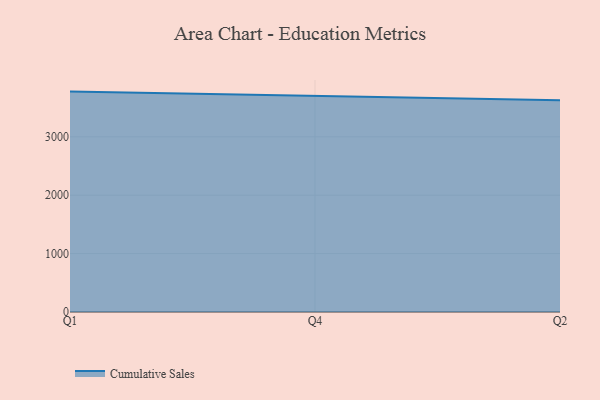
{"axis": {"x": "Quarter", "y": "Satisfaction Score"}, "legend": ["Cumulative Sales"], "data": [{"x": "Q1", "y": 3773.8, "type": "Cumulative Sales"}, {"x": "Q4", "y": 3702.9, "type": "Cumulative Sales"}, {"x": "Q2", "y": 3625.8, "type": "Cumulative Sales"}]}